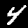
Label: 4